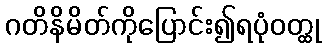
ဂတိနိမိတ်ကိုပြောင်း၍ရပုံဝတ္ထု